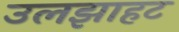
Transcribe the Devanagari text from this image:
उलझाहट